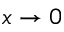
x \to 0